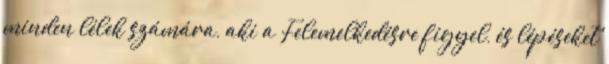
minden lélek számára, aki a Felemelkedésre figyel, és lépéseket